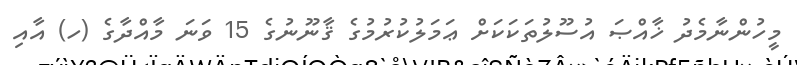
މީހުންނާމެދު ޚާއްޞަ އުސޫލުތަކަކަށް ޢަމަލުކުރުމުގެ ޤާނޫނުގެ 15 ވަނަ މާއްދާގެ (ހ) އާއި